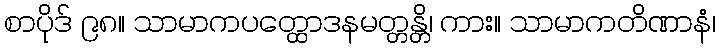
စာပိုဒ် ၉၈။ သာမာကပတ္ထောဒနမတ္တန္တိ၊ ကား။ သာမာကတိဏာနံ၊